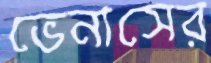
ভেনাসের